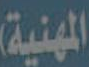
المهنية